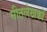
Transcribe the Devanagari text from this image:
गीतलेखकों